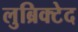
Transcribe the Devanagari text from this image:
लुब्रिक्टेद